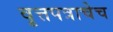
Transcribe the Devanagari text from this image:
वृत्तपत्राचेच